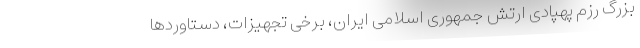
بزرگ رزم پهپادی ارتش جمهوری اسلامی ایران، برخی تجهیزات، دستاوردها